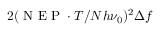
2 ( \mathrm { ~ N ~ E ~ P ~ } \cdot T / N h \nu _ { 0 } ) ^ { 2 } \Delta f